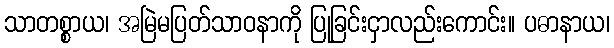
သာတစ္စာယ၊ အမြဲမပြတ်သာဝနာကို ပြုခြင်းငှာလည်းကောင်း။ ပဓာနာယ၊